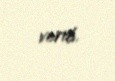
verib.